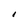
Character: 1